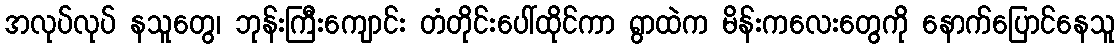
အလုပ်လုပ် နသူတွေ၊ ဘုန်းကြီးကျောင်း တံတိုင်းပေါ်ထိုင်ကာ ရွာထဲက မိန်းကလေးတွေကို နောက်ပြောင်နေသူ